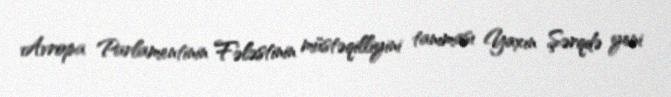
Avropa Parlamentinin Fələstinin müstəqilliyini tanıması Yaxın Şərqdə yeni